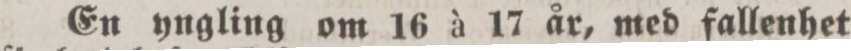
En yngling om 16 à 17 år, med fallenhet